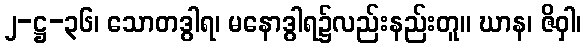
၂-ဋ္ဌ-၃၆၊ သောတဒွါရ၊ မနောဒွါရ၌လည်းနည်းတူ။ ဃာန၊ ဇိဝှါ၊